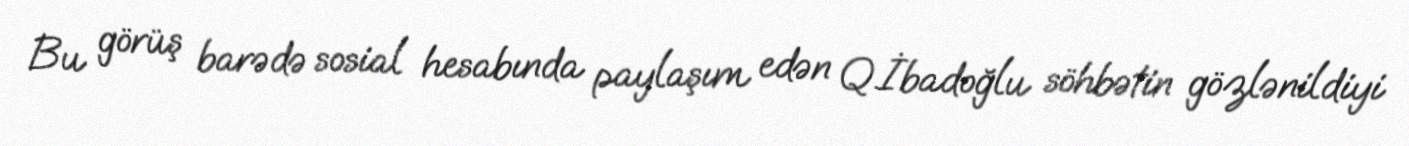
Bu görüş barədə sosial hesabında paylaşım edən Q.İbadoğlu söhbətin gözlənildiyi